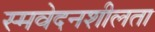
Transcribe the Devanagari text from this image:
स्मवेदनशीलता